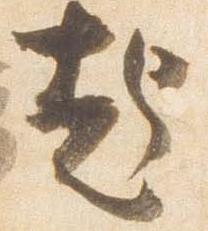
起